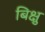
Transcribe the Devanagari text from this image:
बिक्षु